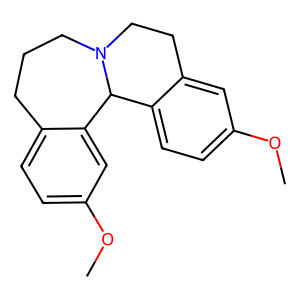
SMILES: COc1ccc2c(c1)CCN1CCCc3ccc(OC)cc3C21
Inhibits HIV replication: No